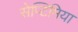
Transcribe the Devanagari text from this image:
सेप्टिमिया